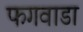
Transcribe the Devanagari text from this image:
फगवाडा